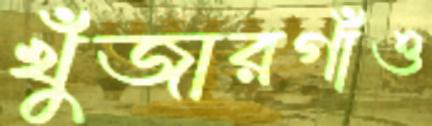
খুঁজারগাঁও